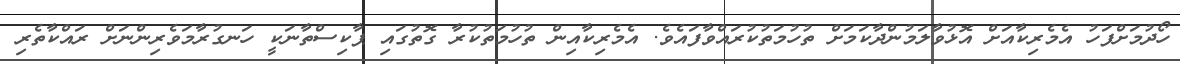
ހޯދުމަށްފަހު އެމެރިކާއަށް އޮޅުވާލަމުންދާކަމަށް ތުހުމަތުކުރައްވާފައެވެ. އެމެރިކާއިން ތުހުމަތުކުރާ ގޮތުގައި ޕާކިސްތާނަކީ ހަނގުރާމަވެރިންނަށް ރައްކާތެރި